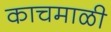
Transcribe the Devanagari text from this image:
काचमाळी